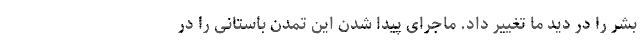
بشر را در دید ما تغییر داد. ماجرای پیدا شدن این تمدن باستانی را در